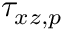
\tau _ { x z , p }